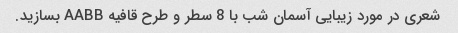
شعری در مورد زیبایی آسمان شب با 8 سطر و طرح قافیه AABB بسازید.